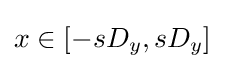
x\in [-sD_{y},sD_{y}]